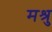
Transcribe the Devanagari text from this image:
मश्रु